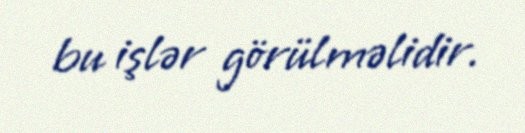
bu işlər görülməlidir.